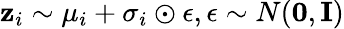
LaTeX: \mathbf{z}_{i}\sim\mathbf{\mu}_{i}+\mathbf{\sigma}_{i}\odot\epsilon,{\epsilon}\sim N(\mathbf{0},\mathbf{I})